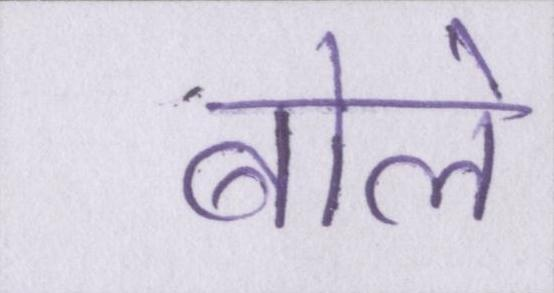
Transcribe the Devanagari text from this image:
बोले